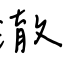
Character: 澈